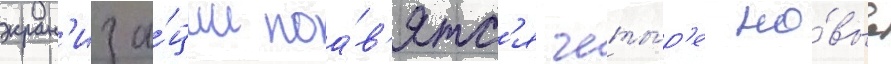
экран'иза́ции поа́в'ятс'я четы́р'е но́вые